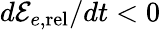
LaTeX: d{\cal E}_{e,\mathrm{rel}}/dt<0